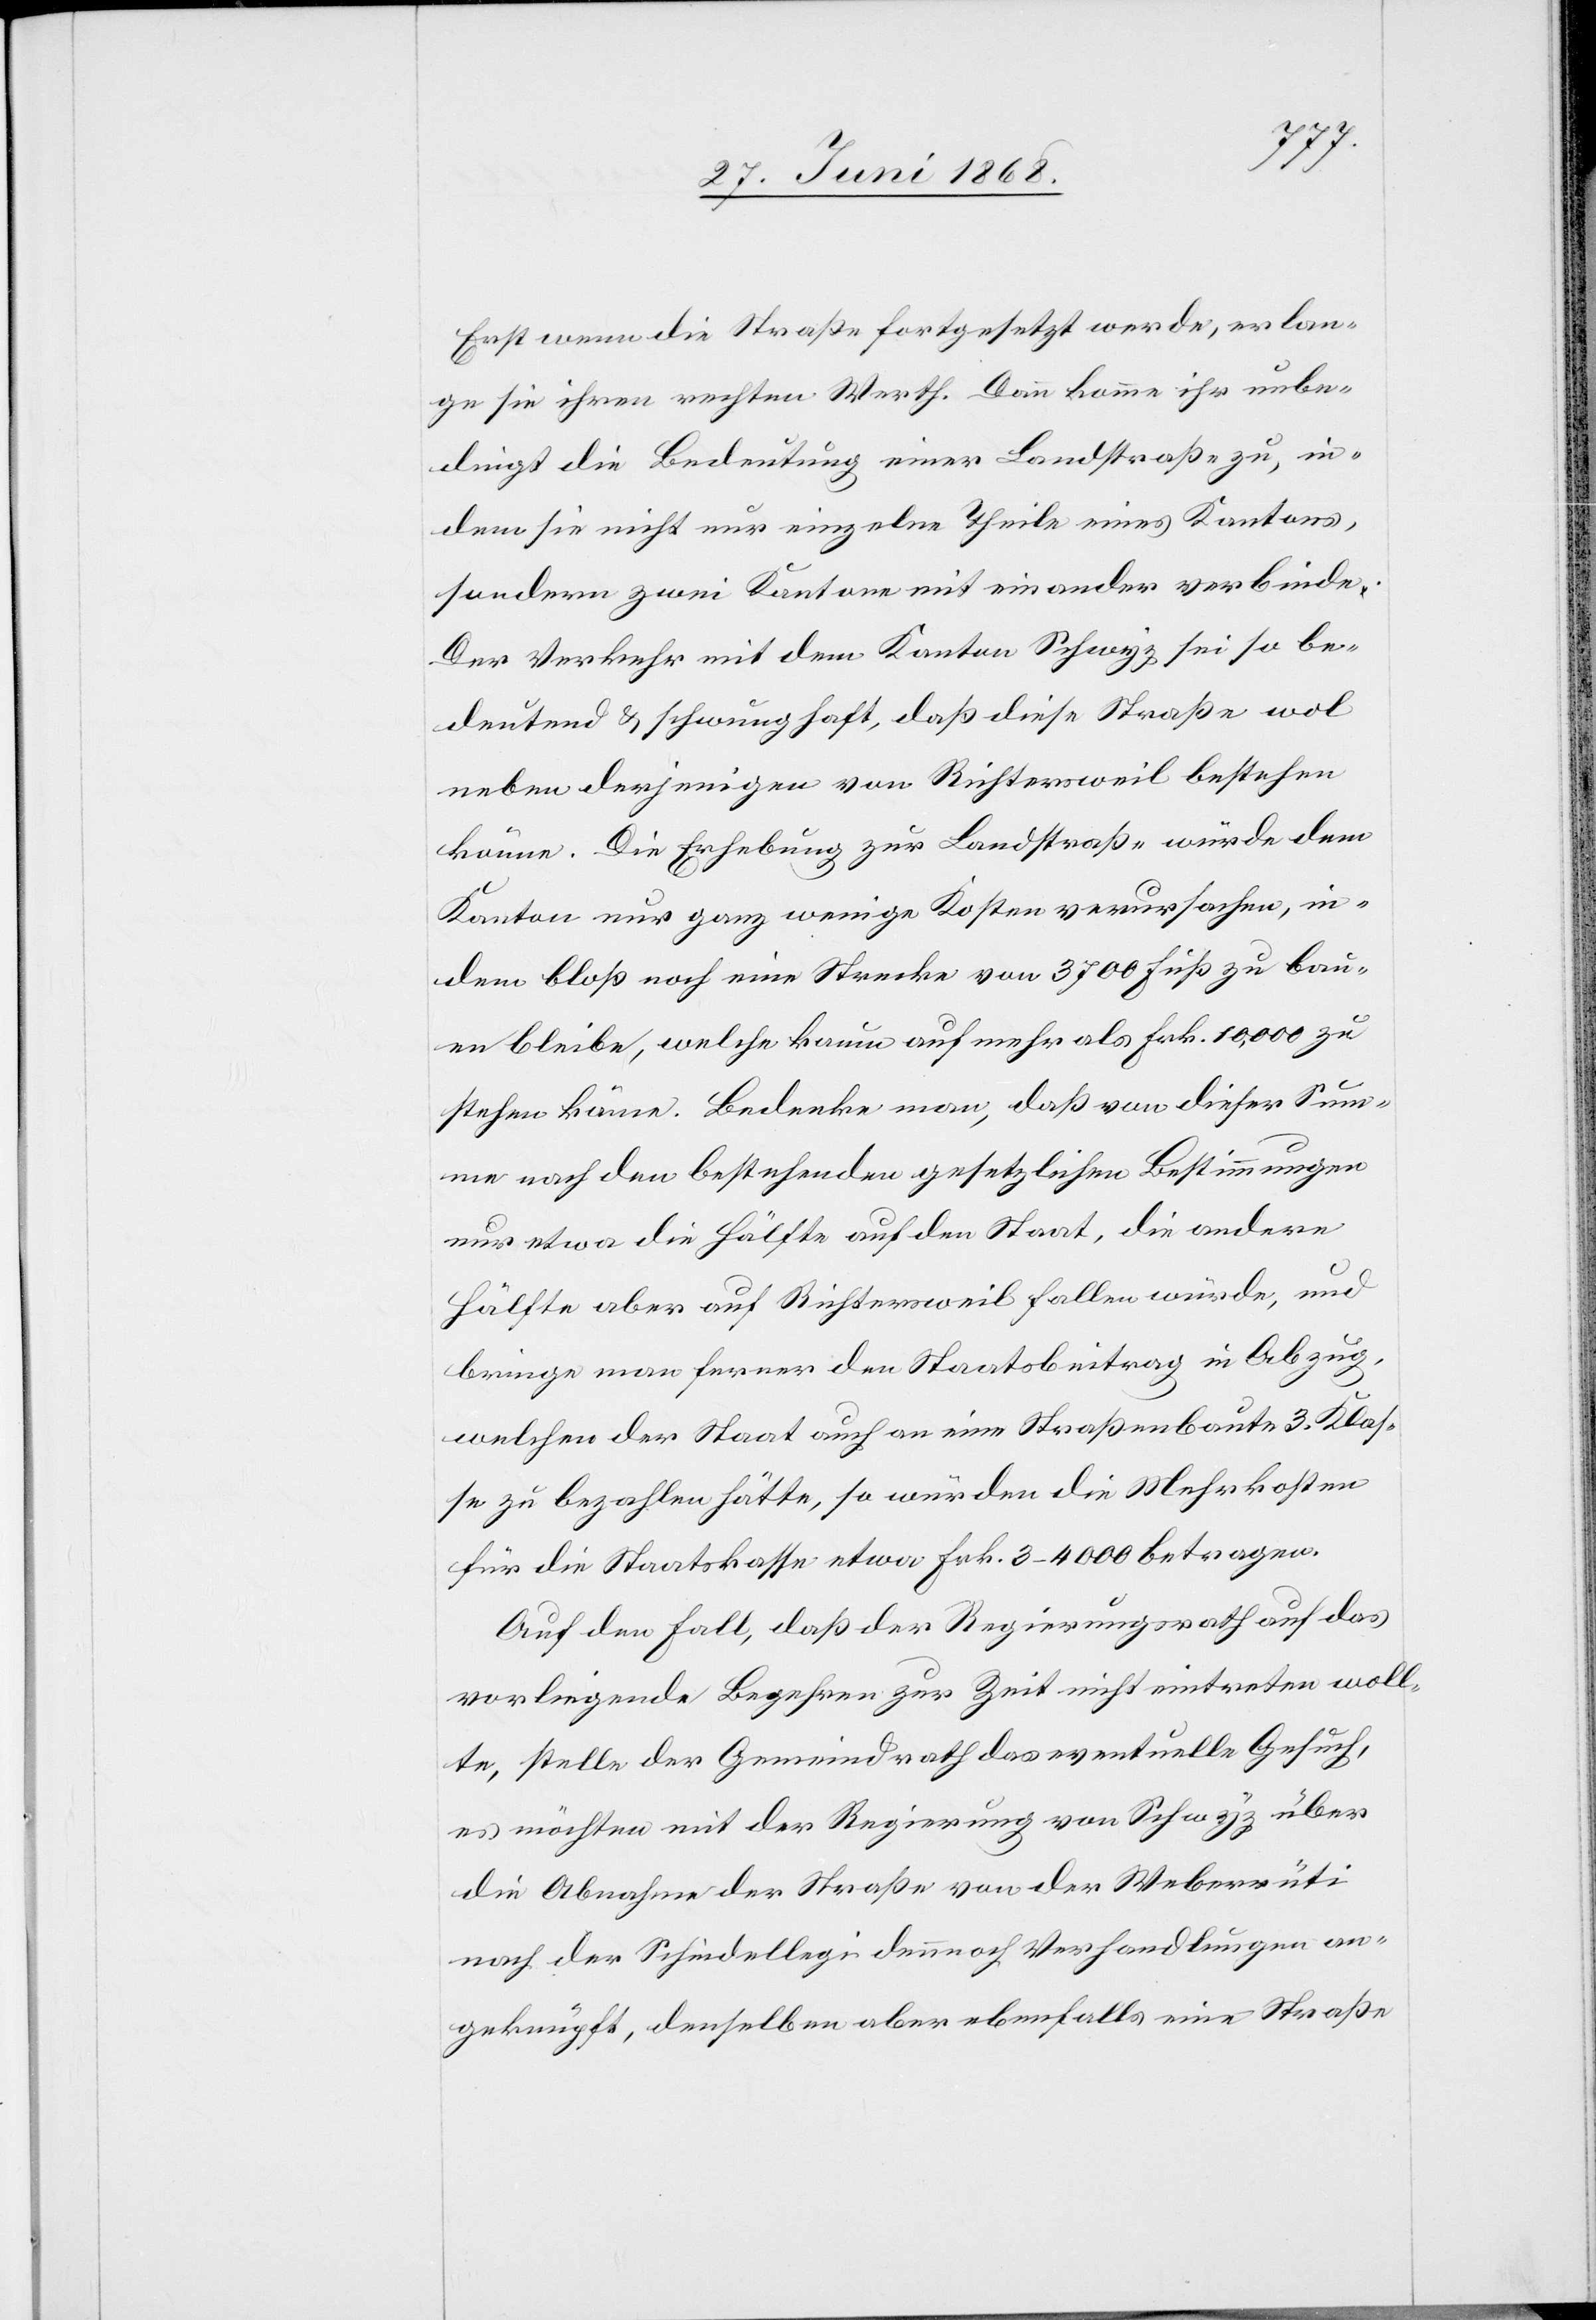
Erst wenn die Straße fortgesetzt werde, erlan¬
ge sie ihren rechten Werth. Dann komme ihr unbe¬
dingt die Bedeutung einer Landstraße zu, in¬
dem sie nicht nur einzelne Theile eines Kantons,
sondern zwei Kantone mit einander verbinde.
Der Verkehr mit dem Kanton Schwyz sei so be¬
deutend & schwunghaft, daß diese Straße wol
neben derjenigen von Richtersweil bestehen
könne. Die Erhebung zur Landstraße würde dem
Kanton nur ganz wenige Kosten verursachen, in¬
dem bloß noch eine Strecke von 3700 Fuß zu bau¬
en bleibe, welche kaum auf mehr als Frk. 10,000 zu
stehen käme. Bedenke man, daß von dieser Sum¬
me nach den bestehenden gesetzlichen Bestimmungen
nur etwa die Hälfte auf den Staat, die andere
Hälfte aber auf Richtersweil fallen würde, und
bringe man ferner den Staatsbeitrag in Abzug,
welchen der Staat auch an eine Straßenbaute 3. Klas¬
se zu bezahlen hätte, so würden die Mehrkosten
für die Staatskasse etwa Frk. 3–4000 betragen.
Auf den Fall, daß der Regierungsrath auf das
vorliegende Begehren zur Zeit nicht eintreten woll¬
te, stelle der Gemeindrath das eventuelle Gesuch,
es möchten mit der Regierung von Schwyz über
die Abnahme der Straße von der Weberrüti
nach der Schindellegi dennnoch [sic!] Verhandlungen an¬
geknüpft, denselben aber ebenfalls eine Straße